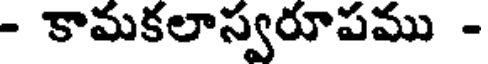
- కామకలాస్వరూపము -